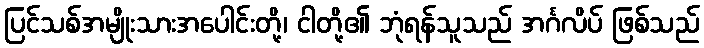
ပြင်သစ်အမျိုးသားအပေါင်းတို့၊ ငါတို့၏ ဘုံရန်သူသည် အင်္ဂလိပ် ဖြစ်သည်